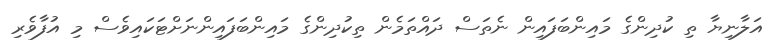
އަލާނިޔާ ތި ކުދިންގެ މައިންބަފައިން ނެތަސް ދައްތަމެން ތިކުދިންގެ މައިންބަފައިންނަށްޓަކައިވެސް މި އުފާވެރި